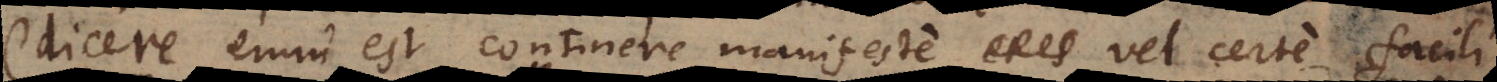
(dicere enim est continere manifeste vel certe facili